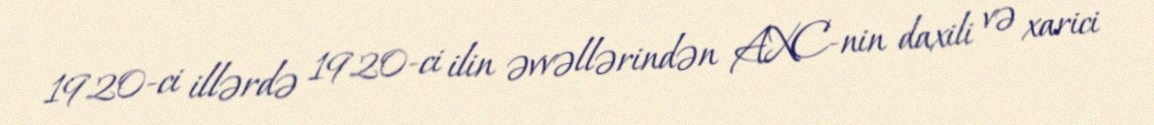
1920-ci illərdə 1920-ci ilin əvvəllərindən AXC-nin daxili və xarici